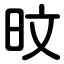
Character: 旼